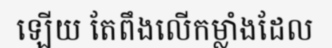
ឡើយ តែពឹងលើកម្លាំងដែល